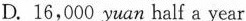
D. 16,000 yuan half a year